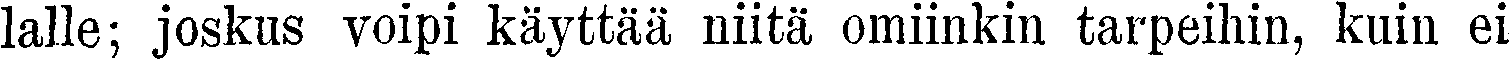
lalle; joskus voipi käyttää niitä omiinkin tarpeihin, kuin ei